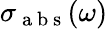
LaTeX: \sigma_{\mathrm{~a~b~s~}}(\omega)